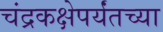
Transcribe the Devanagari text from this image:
चंद्रकक्षेपर्यंतच्या